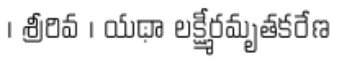
। శ్రీరివ । యథా లక్ష్మీరమృతకరేణ